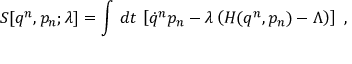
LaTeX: S [ q ^ { n } , p _ { n } ; \lambda ] = \int \, d t \, \left[ \dot { q } ^ { n } p _ { n } - \lambda \left( H ( q ^ { n } , p _ { n } ) - \Lambda \right) \right] \ ,